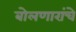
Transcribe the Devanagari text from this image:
बोलणारांचे